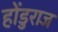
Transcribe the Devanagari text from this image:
होंडुराज